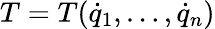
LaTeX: T=T({\dot{q}}_{1},\dots,{\dot{q}}_{n})